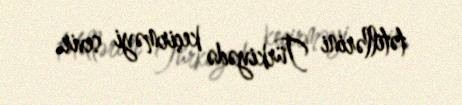
tətillərini Türkiyədə keçirməyi sevir.